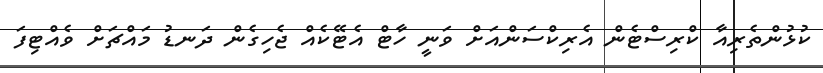
ކުޅުންތެރިއާ ކްރިސްޓެން އެރިކްސަންއަށް ވަނީ ހާޓް އެޓޭކެއް ޖެހިގެން ދަނޑު މައްޗަށް ވެއްޓިފަ